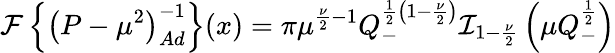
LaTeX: {\cal{F}}\left\{ \left(P-{\mu}^{2}\right)_{Ad}^{-1}\right\} (x)=\pi{\mu}^{\frac{\nu}{2}-1}Q_{-}^{\frac{1}{2}\left(1-\frac{\nu}{2}\right)}{\cal{I}}_{1-\frac{\nu}{2}}\left(\mu Q_{-}^{\frac{1}{2}}\right)